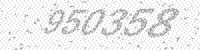
Solution: 950358